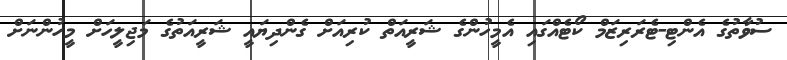
ސުވާތުގެ އެންޓި-ޓެރަރިޒަމް ކޯޓެއްގައި އެމީހުންގެ ޝަރީއަތް ކުރިއަށް ގެންދިޔައީ ޝަރީއަތުގެ މަޖިލީހަށް މީހުންނަށް